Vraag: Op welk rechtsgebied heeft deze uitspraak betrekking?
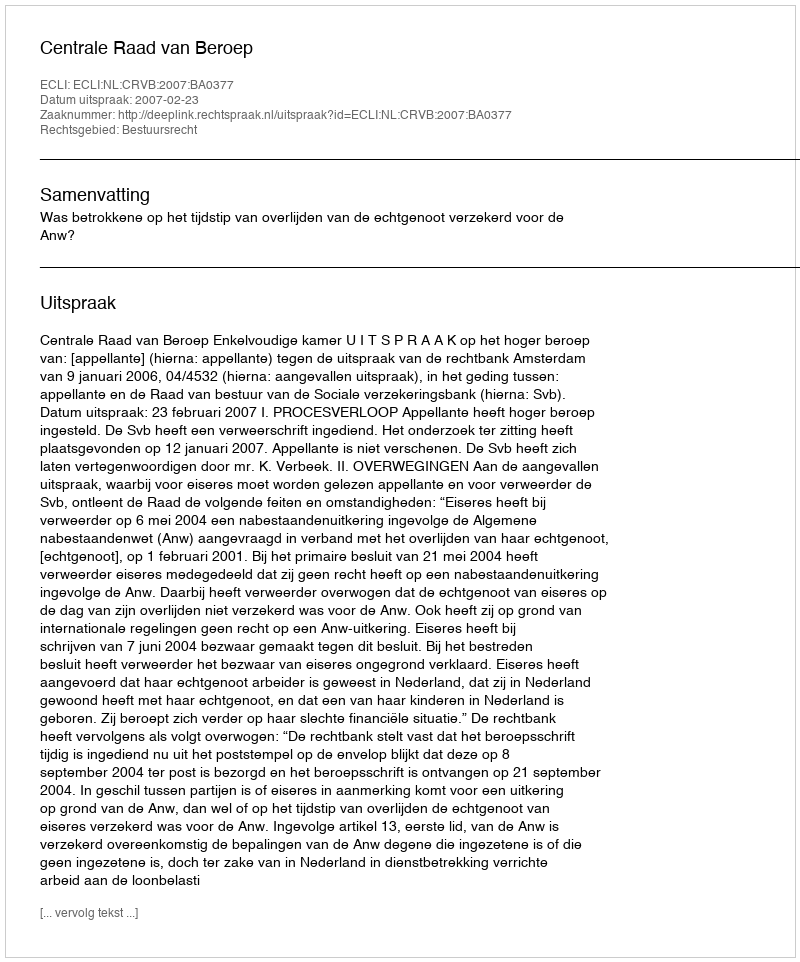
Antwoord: Bestuursrecht